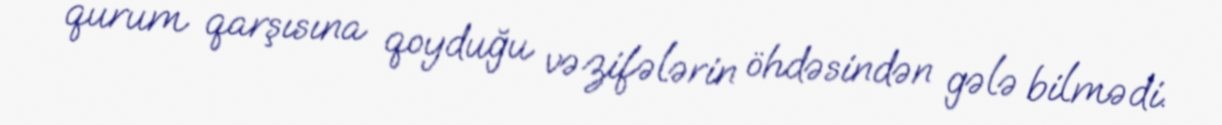
qurum qarşısına qoyduğu vəzifələrin öhdəsindən gələ bilmədi.